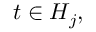
t \in H _ { j } ,